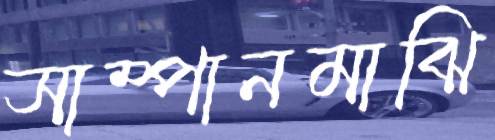
সাম্পানমাঝি